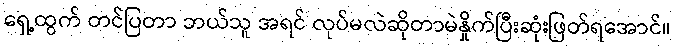
ရှေ့ထွက် တင်ပြတာ ဘယ်သူ အရင် လုပ်မလဲဆိုတာမဲနှိုက်ပြီးဆုံးဖြတ်ရအောင်။